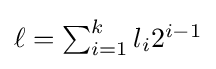
\textstyle \ell =\sum _{i=1}^{k}l_{i}2^{i-1}